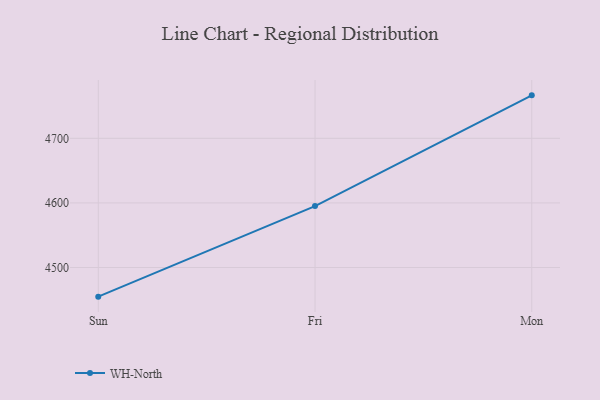
{"axis": {"x": "Day", "y": "Website Visitors"}, "legend": ["WH-North"], "data": [{"x": "Sun", "y": 4454.9, "type": "WH-North"}, {"x": "Fri", "y": 4595.1, "type": "WH-North"}, {"x": "Mon", "y": 4766.5, "type": "WH-North"}]}